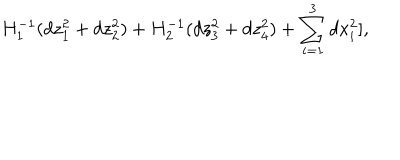
H _ { 1 } ^ { - 1 } ( d z _ { 1 } ^ { 2 } + d z _ { 2 } ^ { 2 } ) + H _ { 2 } ^ { - 1 } ( d z _ { 3 } ^ { 2 } + d z _ { 4 } ^ { 2 } ) + \sum _ { i = 1 } ^ { 3 } d x _ { i } ^ { 2 } ] ,